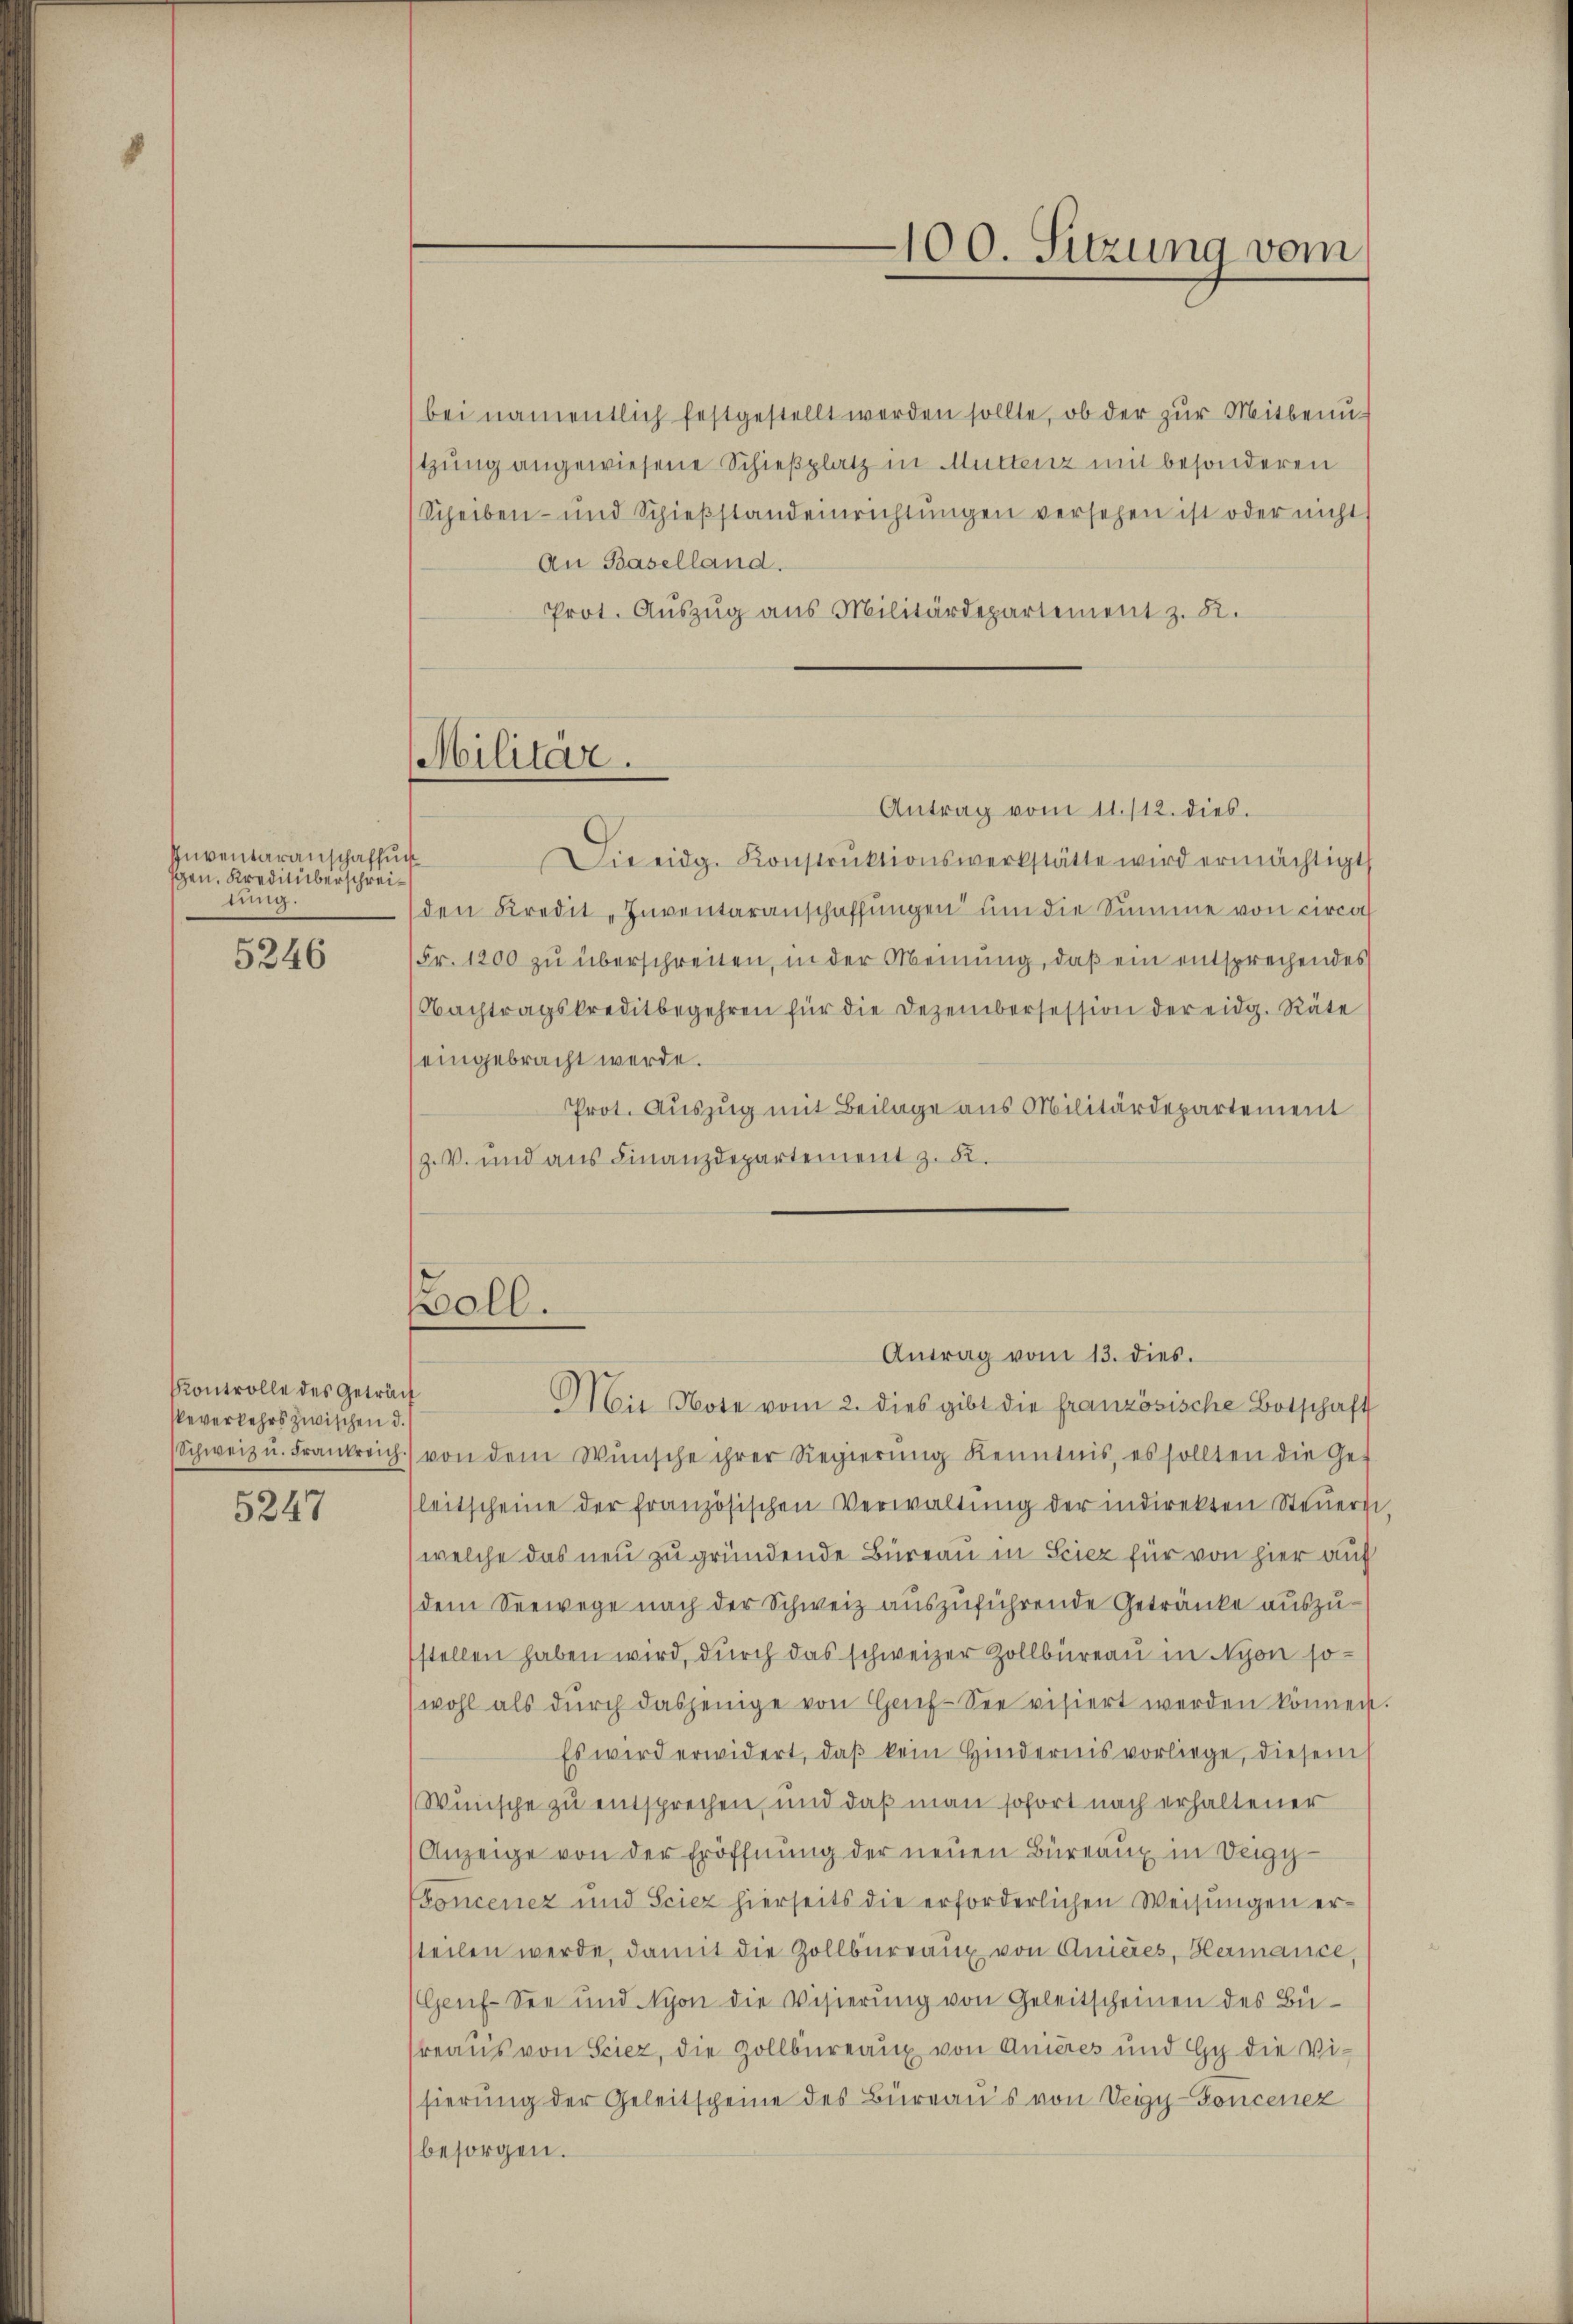
Inventaranschaffun
gen. Krediüberschreitung.
5246

Kontrolle des Geträch
severkehrs zwischen d.
5247

Militär.

100. Sitzung vom

bei namentlich festgestellt werden sollte, ob der zŭr Mitbenŭ-
tzung angewiesene Schießplatz in Muttenz mit besonderen
(Scheiben und Schieβstandeinrichtŭngen versehen ist oder nicht
An Baselland.
Prot. Auszug aus Militärdepartement z. B.
Die eidg. Konstrŭktionswerkstätte wird ermächtigt
(den Kredit, Inventaranschaffŭngen um die Summe von circa
Fr. 1200 zŭ überschreiten, in der Meinung, daß ein entsprechendes
Nachtragskreditbegehren für die Dezembersession der eidg. Räte
eingebracht werde.
Prot. Auszug mit Beilage aus Militärdepartement
(Z. V. und aus Finanzdepartement z. 82.

Antrag vom 11./12. dies.

oll.
Antrag vom 13. dies.
Ait Note vom 2. dies gibt die französische Botschaft

(Schweiz u. Frankreich.) von dem Wünsche ihrer Regierŭng Kenntnis, es sollten die Ge-
Pleitscheine der französischen Verwaltŭng der indirekten Steŭers.
(welche das neu zu gründende Bureau in Sciez für von hier auf
dem Seewege nach der Schweiz auszuführende Getränke auszustellen haben wird, durch das schweizer Zollbüreau in Nyon so¬
(wohl als dŭrch dasjenige von Haf-See visiert werden können.
Es wird erwidert, daβ kein Hindernis vorliege, diesem
Wünsche zu entsprechen, und daß man sofort nach erhaltener
Anzeige von der Eröffnung der neuen Büreaux in Deigg-
oncenez und Sciez hierseits die erforderlichen Weisungen ersteilen werde, damit die Zollbüreaux von Anieres, Hermance
Geuf-See und Nyon die Visierung von Geleitscheinen des Büreaus von Sciez, die Zollbüreaux von Anières und Gy die Visierung der Geleitscheine des Büreaus von Veigy-Foncenez
besorgen.